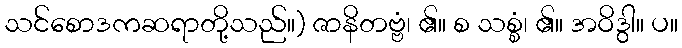
သင်စောဒကဆရာတို့သည်။) ဇာနိတဗ္ဗံ၊ ၏။ စ သစ္စံ၊ ၏။ အဝိဒွါ။ ပ။